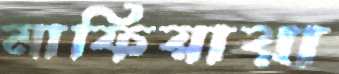
মাফিয়ারা